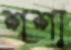
শশা